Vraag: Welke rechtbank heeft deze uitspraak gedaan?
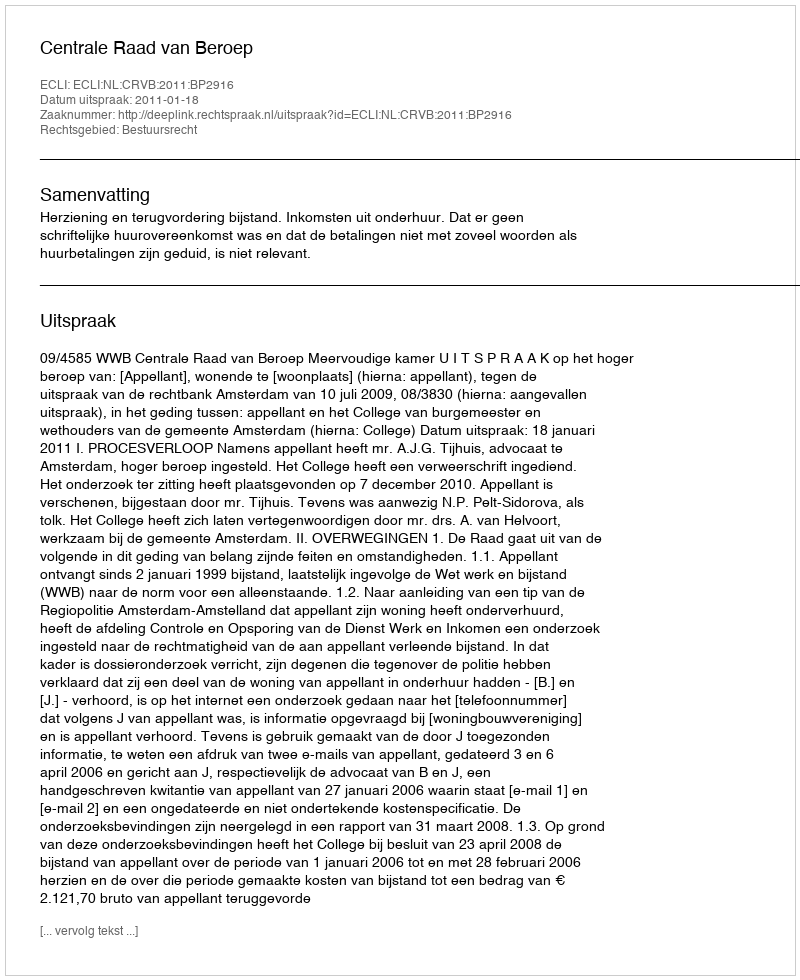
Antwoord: Centrale Raad van Beroep